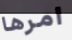
امرها